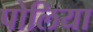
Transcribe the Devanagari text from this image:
पोलिया